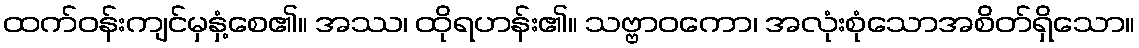
ထက်ဝန်းကျင်မှနှံ့စေ၏။ အဿ၊ ထိုရဟန်း၏။ သဗ္ဗာဝကော၊ အလုံးစုံသောအစိတ်ရှိသော။